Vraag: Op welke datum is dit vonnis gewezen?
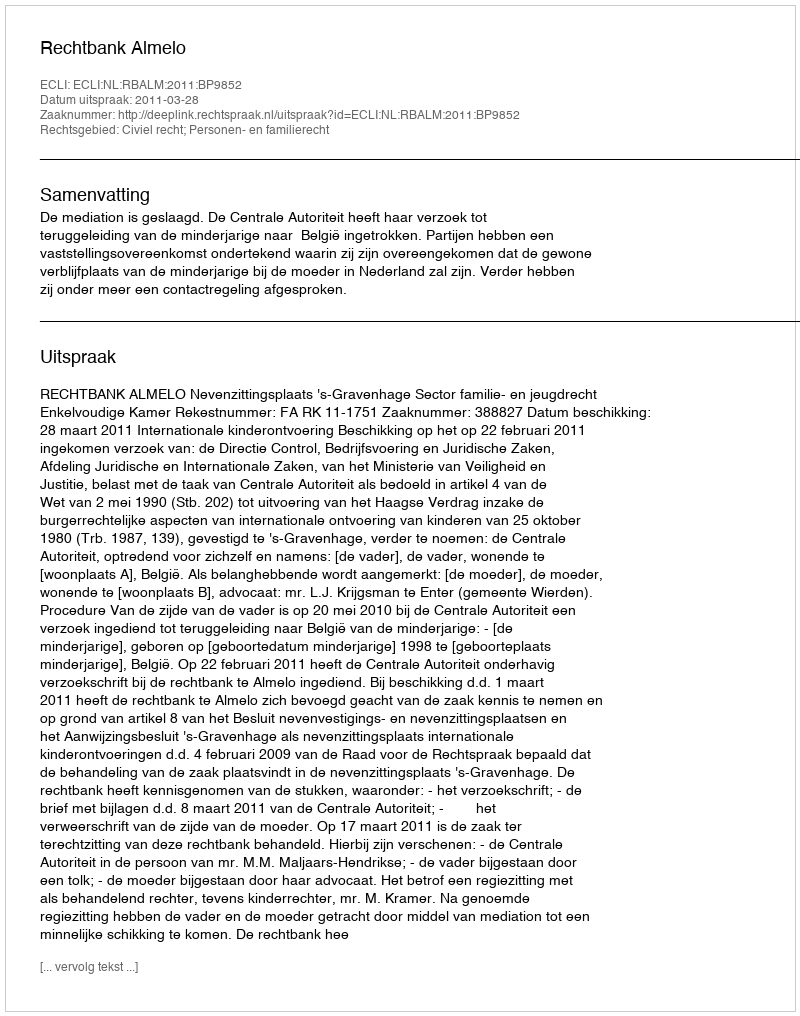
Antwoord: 2011-03-28